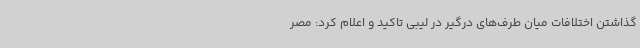
گذاشتن اختلافات میان طرف‌های درگیر در لیبی تاکید و اعلام کرد: مصر